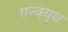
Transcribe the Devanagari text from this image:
एन्क्युब